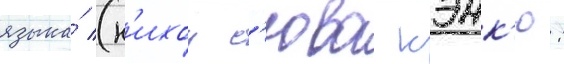
языка́ (н'ихон с'юва кэнк'ю: